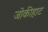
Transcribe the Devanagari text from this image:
जोकीहाट